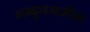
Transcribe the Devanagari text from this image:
अब्दुलअज़ीज़